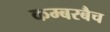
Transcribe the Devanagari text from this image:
कम्बरबैच